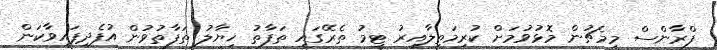
ފްރާންސް މިމެޗުން މޮޅުވުމަށް ކުރިމަތިލާއިރު ޓީމު ތެރޭގައި ތަފާތު ޚިޔާލު ތަފާތުވުން އުފެދިފައިވާކަން